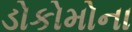
ડોકોમોના